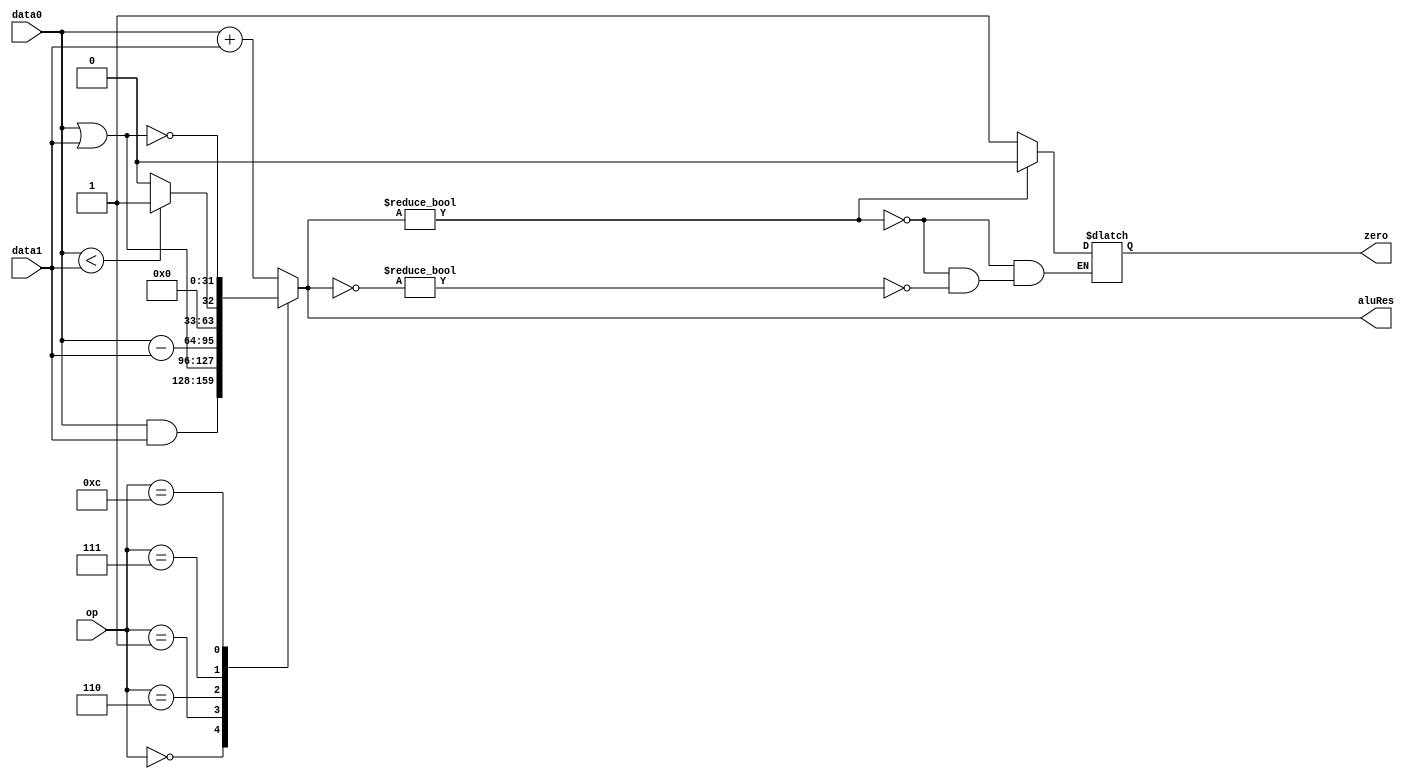
//problem 4

module alu( input wire [3:0] op, 
            input wire [31:0] data0, 
            input wire [31:0] data1, 
            output reg[31:0] aluRes, 
            output reg zero);
  
  always @ ( * )
  begin
    case (op)
      4'b0000 : //and
      begin
        aluRes = data0 & data1;
      end
      
      4'b0001 : //or
      begin
        aluRes = data0 | data1;
      end
      
      4'b0010: //add
      begin 
        aluRes = data0 + data1;
      end
      
      4'b0110: //subtract
      begin
        aluRes = data0 - data1;
      end
      
      4'b0111: //slt
      begin
           if (data0 < data1)
               aluRes = 1;
           else
               aluRes = 0;
      end
      
      4'b1100: //nor
      begin 
        aluRes = ~(data0  | data1);
      end
      
      default: 
      begin
        aluRes = data0 + data1;
      end
    endcase
    
    if (aluRes) begin
        zero = 0;
	end else if(~aluRes) begin
        zero = 1;
    end

  end //end always
endmodule